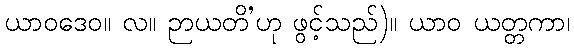
ယာဝဒေဝ။ လ။ ဉာယတိ’ဟု ဖွင့်သည်)။ ယာဝ ယတ္တကာ၊